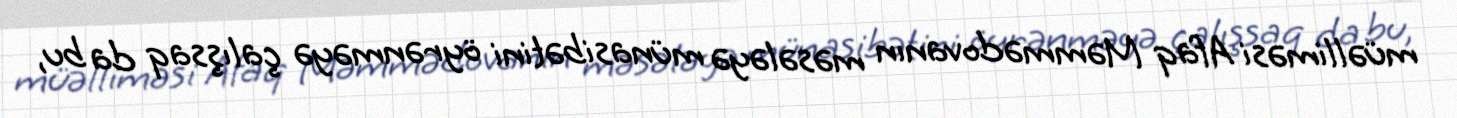
müəlliməsi Afaq Məmmədovanın məsələyə münasibətini öyrənməyə çalışsaq da bu,